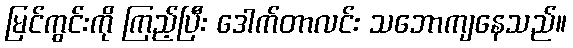
မြင်ကွင်းကို ကြည့်ပြီး ဒေါက်တာလင်း သဘောကျနေသည်။